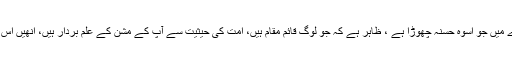
خود نبی اکرم صلی اللہ علیہ وسلم نے اس بارے میں جو اسوہ حسنہ چھوڑا ہے ، ظاہر ہے کہ جو لوگ قائم مقام ہیں، اُمت کی حیثیت سے آپؐ کے مشن کے علَم بردار ہیں، انھیں اس بارے میں بھی رہنمائی وہیں سے لینی چاہیے۔